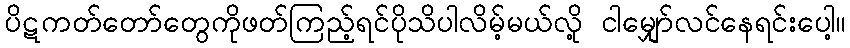
ပိဋကတ်တော်တွေကိုဖတ်ကြည့်ရင်ပိုသိပါလိမ့်မယ်လို့ ငါမျှော်လင်နေရင်းပေါ့။